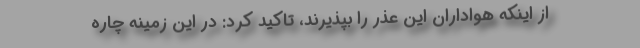
از اینکه هواداران این عذر را بپذیرند، تاکید کرد: در این زمینه چاره